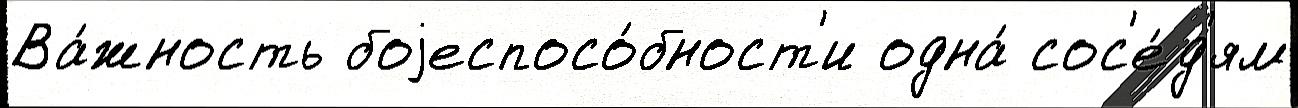
Ва́жность боjеспосо́бност'и одна́ сос'е́д'ям